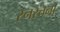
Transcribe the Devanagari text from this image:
स्नरचना